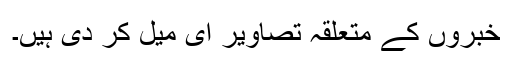
خبروں کے متعلقہ تصاویر ای میل کر دی ہیں۔